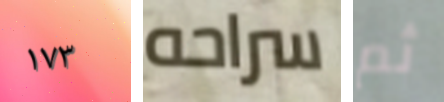
١٧٣ سراحه ثم